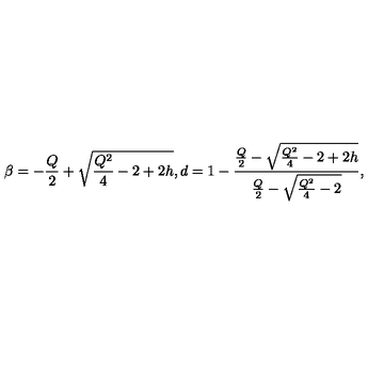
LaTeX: \beta = - \frac { Q } { 2 } + \sqrt { \frac { Q ^ { 2 } } { 4 } - 2 + 2 h } , d = 1 - \frac { \frac { Q } { 2 } - \sqrt { \frac { Q ^ { 2 } } { 4 } - 2 + 2 h } } { \frac { Q } { 2 } - \sqrt { \frac { Q ^ { 2 } } { 4 } - 2 } } ,